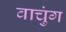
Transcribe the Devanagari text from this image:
वाचुंग